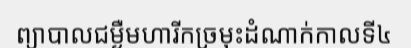
ព្យាបាលជម្ងឺមហារីកច្រមុះដំណាក់កាលទី៤